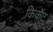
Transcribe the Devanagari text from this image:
किर्केट